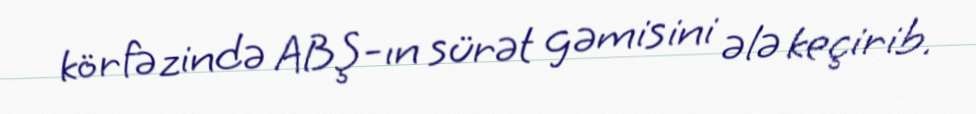
körfəzində ABŞ-ın sürət gəmisini ələ keçirib.